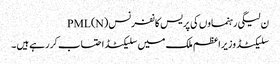
ن لیگی رہنماوں کی پریس کانفرنس PML(N)
سلیکٹڈ وزیراعظم ملک میں سلیکٹڈ احتساب کررہے ہیں ۔